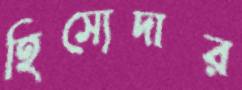
হিস্যেদার